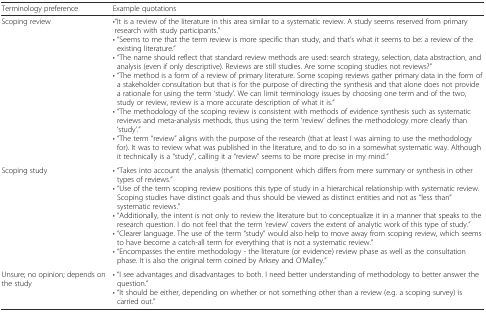
<table><thead><tr><td><b>Terminology preference</b></td><td><b>Example quotations</b></td></tr></thead><tbody><tr><td>Scoping review</td><td>•“It is a review of the literature in this area similar to a systematic review. A study seems reserved from primary research with study participants.”• “Seems to me that the term review is more specific than study, and that’s what it seems to be: a review of the existing literature.”• “The name should reflect that standard review methods are used: search strategy, selection, data abstraction, and analysis (even if only descriptive). Reviews are still studies. Are some scoping studies not reviews?”• “The method is a form of a review of primary literature. Some scoping reviews gather primary data in the form of a stakeholder consultation but that is for the purpose of directing the synthesis and that alone does not provide a rationale for using the term ‘study’. We can limit terminology issues by choosing one term and of the two, study or review, review is a more accurate description of what it is.”• “The methodology of the scoping review is consistent with methods of evidence synthesis such as systematic reviews and meta-analysis methods, thus using the term ‘review’ defines the methodology more clearly than ‘study’.”• “The term “review” aligns with the purpose of the research (that at least I was aiming to use the methodology for). It was to review what was published in the literature, and to do so in a somewhat systematic way. Although it technically is a “study”, calling it a “review” seems to be more precise in my mind.”</td></tr><tr><td>Scoping study</td><td>• “Takes into account the analysis (thematic) component which differs from mere summary or synthesis in other types of reviews.”• “Use of the term scoping review positions this type of study in a hierarchical relationship with systematic review. Scoping studies have distinct goals and thus should be viewed as distinct entities and not as “less than” systematic reviews.”• “Additionally, the intent is not only to review the literature but to conceptualize it in a manner that speaks to the research question. I do not feel that the term ‘review’ covers the extent of analytic work of this type of study.”• “Clearer language. The use of the term “study” would also help to move away from scoping review, which seems to have become a catch-all term for everything that is not a systematic review.”• “Encompasses the entire methodology - the literature (or evidence) review phase as well as the consultation phase. It is also the original term coined by Arksey and O’Malley.”</td></tr><tr><td>Unsure; no opinion; depends on the study</td><td>• “I see advantages and disadvantages to both. I need better understanding of methodology to better answer the question.”• “It should be either, depending on whether or not something other than a review (e.g. a scoping survey) is carried out.”</td></tr></tbody></table>